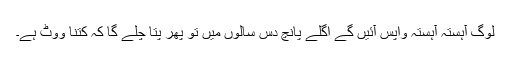
لوگ آہستہ آہستہ واپس آئیں گے اگلے پانچ دس سالوں میں تو پھر پتا چلے گا کہ کتنا ووٹ ہے۔